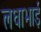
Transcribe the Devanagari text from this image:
लधाभाई